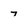
Character: 7